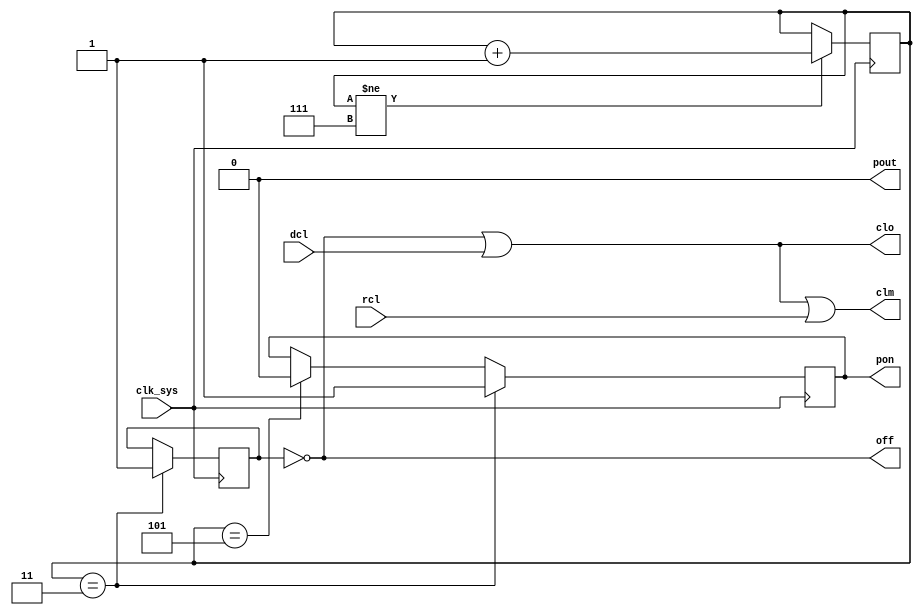
module puks(
	input clk_sys,
	input rcl,	// received clear
	input dcl,	// clear driver
	output off,	// power lines not ready (in real hardware: goes high 0.5-2s after the power is switched on)
	output pout,// power out (0.2-2us strob, not implemented)
	output pon,	// power on (0.2-2us strob when power is ready)
	output clo,	// general reset
	output clm	// module reset
);

	reg on = 1'b0;
	reg [3:0] pwon_cnt = 4'd0;
	always @ (posedge clk_sys) begin
		if (pwon_cnt != 4'b111) pwon_cnt <= pwon_cnt + 1'b1;
		if (pwon_cnt == 4'd3) on <= 1'b1;
		if (pwon_cnt == 4'd3) pon <= 1'b1;
		else if (pwon_cnt == 4'd5) pon <= 1'b0;
	end

	assign off = ~on;
	assign pout = 1'b0;
	assign clm = off | dcl | rcl;
	assign clo = off | dcl;

endmodule